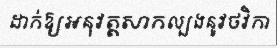
ដាក់ឱ្យអនុវត្តសាកល្បងនូវថវិកា